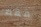
فقط